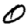
Digit: 0